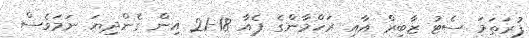
ފުރަތަަމަ ސެޓު ޒާބިރް އާއި ރަހްމާންގެ ޕެއާ 18-21 އިން ގެންދިޔަ ނަމަވެސް